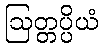
ဩတ္တပ္ပိယံ